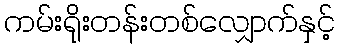
ကမ်းရိုးတန်းတစ်လျှောက်နှင့်